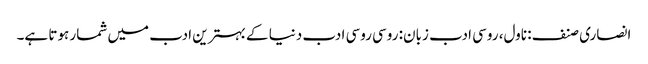
انصاری صنف: ناول، روسی ادب زبان: روسی روسی ادب دنیا کے بہترین ادب میں شمار ہوتا ہے۔